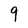
Character: 9